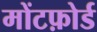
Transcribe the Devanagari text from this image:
मोंटफ़ोर्ड